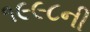
૧૯૯૮ની